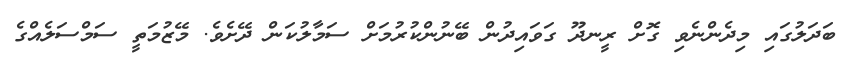
ބަދަލުގައި މިދެންނެވި ގޮށް ރީނދޫ ގަވައިދުން ބޭނުންކުރުމަށް ސަމާލުކަން ދޭށެވެ. މޭޒުމަތީ ސަމްސަލެއްގެ